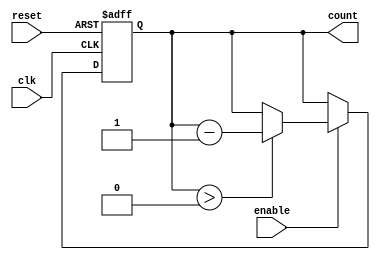
module down_counter_moore #(
    parameter N = 3  // Number of bits for the counter
)(
    input wire clk,        // Clock signal
    input wire reset,      // Asynchronous reset signal
    input wire enable,     // Enable signal to decrement the counter
    output reg [N-1:0] count  // Current count output
);

    // State encoding is implicit through the count value
    // Maximum count value is (2^N - 1)
    localparam MAX_COUNT = (1 << N) - 1; // 2^N - 1

    // Sequential logic for state transitions
    always @(posedge clk or posedge reset) begin
        if (reset) begin
            // On reset, set count to maximum value
            count <= MAX_COUNT;
        end else if (enable) begin
            // If enabled, decrement count
            if (count > 0) begin
                count <= count - 1;
            end
        end
        // If enable is not asserted, hold current state
    end

endmodule